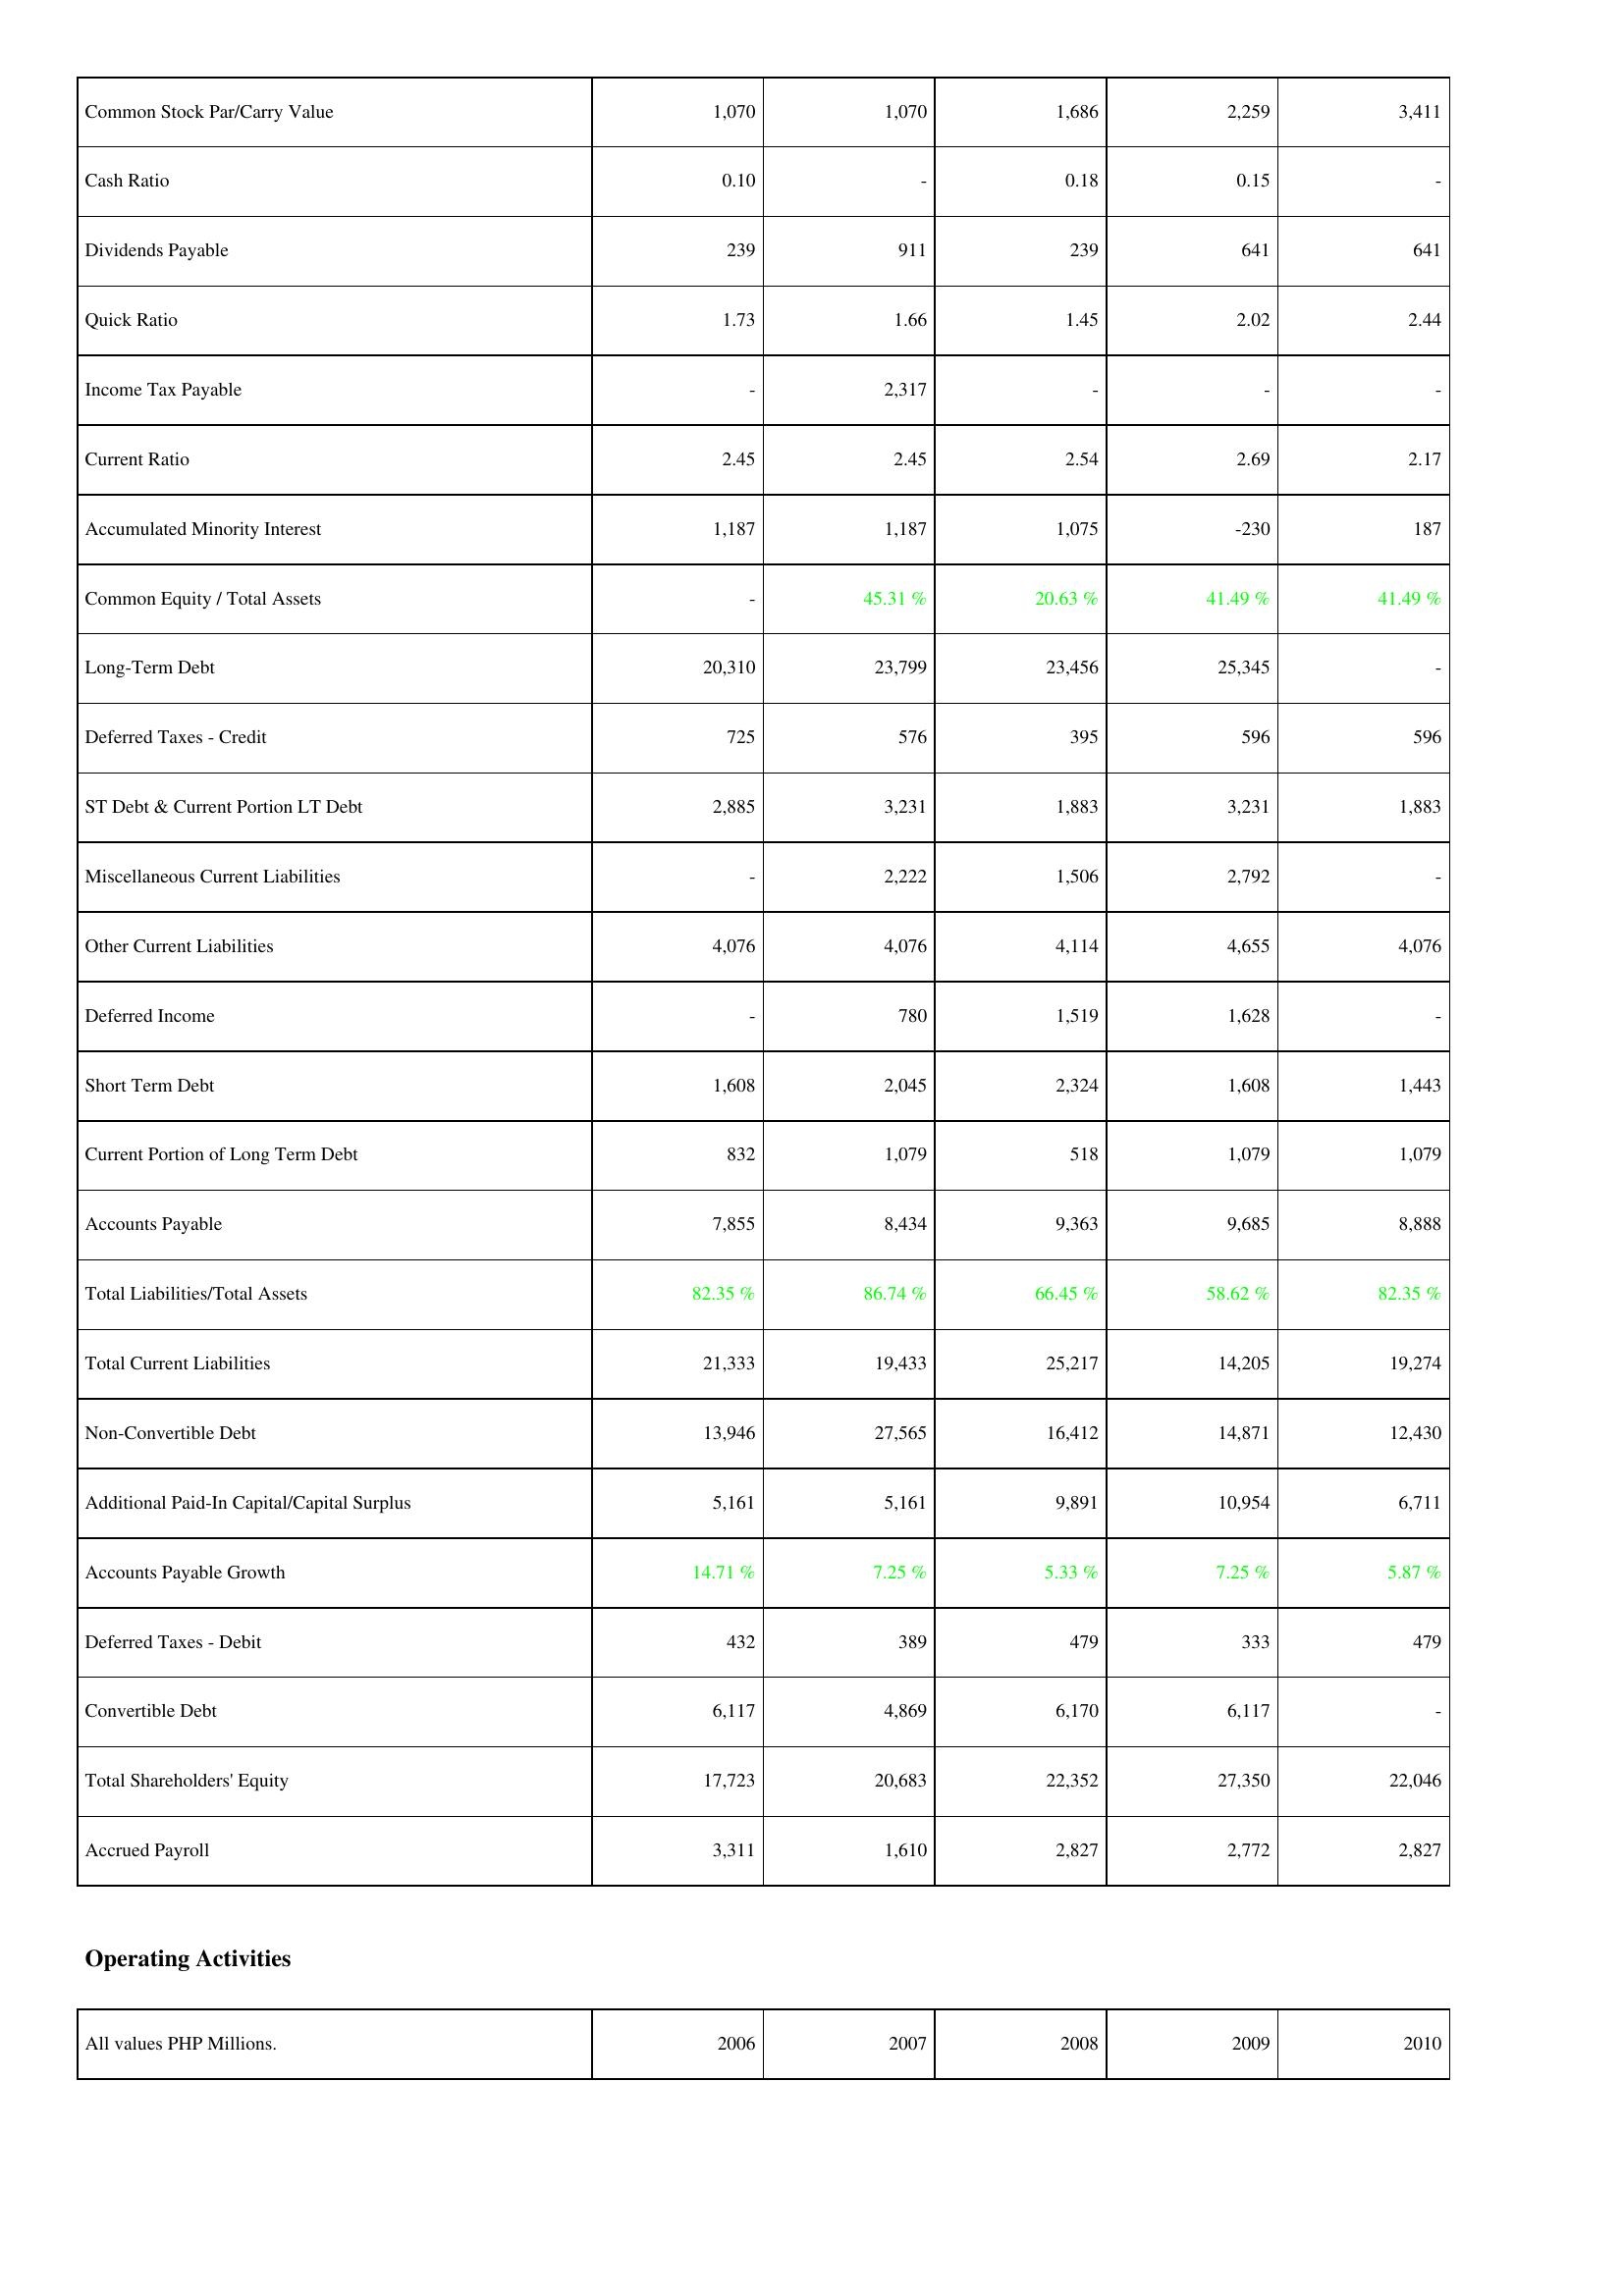
2006: Liabilities & Shareholders' Equity: Common Stock Par/Carry Value: 1,070
Cash Ratio: 0.10
Dividends Payable: 239
Quick Ratio: 1.73
Income Tax Payable: -
Current Ratio: 2.45
Accumulated Minority Interest: 1,187
Common Equity / Total Assets: -
Long-Term Debt: 20,310
Deferred Taxes - Credit: 725
ST Debt & Current Portion LT Debt: 2,885
Miscellaneous Current Liabilities: -
Other Current Liabilities: 4,076
Deferred Income: -
Short Term Debt: 1,608
Current Portion of Long Term Debt: 832
Accounts Payable: 7,855
Total Liabilities/Total Assets: 82.35 %
Total Current Liabilities: 21,333
Non-Convertible Debt: 13,946
Additional Paid-In Capital/Capital Surplus: 5,161
Accounts Payable Growth: 14.71 %
Deferred Taxes - Debit: 432
Convertible Debt: 6,117
Total Shareholders' Equity: 17,723
Accrued Payroll: 3,311
2007: Liabilities & Shareholders' Equity: Common Stock Par/Carry Value: 1,070
Cash Ratio: -
Dividends Payable: 911
Quick Ratio: 1.66
Income Tax Payable: 2,317
Current Ratio: 2.45
Accumulated Minority Interest: 1,187
Common Equity / Total Assets: 45.31 %
Long-Term Debt: 23,799
Deferred Taxes - Credit: 576
ST Debt & Current Portion LT Debt: 3,231
Miscellaneous Current Liabilities: 2,222
Other Current Liabilities: 4,076
Deferred Income: 780
Short Term Debt: 2,045
Current Portion of Long Term Debt: 1,079
Accounts Payable: 8,434
Total Liabilities/Total Assets: 86.74 %
Total Current Liabilities: 19,433
Non-Convertible Debt: 27,565
Additional Paid-In Capital/Capital Surplus: 5,161
Accounts Payable Growth: 7.25 %
Deferred Taxes - Debit: 389
Convertible Debt: 4,869
Total Shareholders' Equity: 20,683
Accrued Payroll: 1,610
2008: Liabilities & Shareholders' Equity: Common Stock Par/Carry Value: 1,686
Cash Ratio: 0.18
Dividends Payable: 239
Quick Ratio: 1.45
Income Tax Payable: -
Current Ratio: 2.54
Accumulated Minority Interest: 1,075
Common Equity / Total Assets: 20.63 %
Long-Term Debt: 23,456
Deferred Taxes - Credit: 395
ST Debt & Current Portion LT Debt: 1,883
Miscellaneous Current Liabilities: 1,506
Other Current Liabilities: 4,114
Deferred Income: 1,519
Short Term Debt: 2,324
Current Portion of Long Term Debt: 518
Accounts Payable: 9,363
Total Liabilities/Total Assets: 66.45 %
Total Current Liabilities: 25,217
Non-Convertible Debt: 16,412
Additional Paid-In Capital/Capital Surplus: 9,891
Accounts Payable Growth: 5.33 %
Deferred Taxes - Debit: 479
Convertible Debt: 6,170
Total Shareholders' Equity: 22,352
Accrued Payroll: 2,827
2009: Liabilities & Shareholders' Equity: Common Stock Par/Carry Value: 2,259
Cash Ratio: 0.15
Dividends Payable: 641
Quick Ratio: 2.02
Income Tax Payable: -
Current Ratio: 2.69
Accumulated Minority Interest: -230
Common Equity / Total Assets: 41.49 %
Long-Term Debt: 25,345
Deferred Taxes - Credit: 596
ST Debt & Current Portion LT Debt: 3,231
Miscellaneous Current Liabilities: 2,792
Other Current Liabilities: 4,655
Deferred Income: 1,628
Short Term Debt: 1,608
Current Portion of Long Term Debt: 1,079
Accounts Payable: 9,685
Total Liabilities/Total Assets: 58.62 %
Total Current Liabilities: 14,205
Non-Convertible Debt: 14,871
Additional Paid-In Capital/Capital Surplus: 10,954
Accounts Payable Growth: 7.25 %
Deferred Taxes - Debit: 333
Convertible Debt: 6,117
Total Shareholders' Equity: 27,350
Accrued Payroll: 2,772
2010: Liabilities & Shareholders' Equity: Common Stock Par/Carry Value: 3,411
Cash Ratio: -
Dividends Payable: 641
Quick Ratio: 2.44
Income Tax Payable: -
Current Ratio: 2.17
Accumulated Minority Interest: 187
Common Equity / Total Assets: 41.49 %
Long-Term Debt: -
Deferred Taxes - Credit: 596
ST Debt & Current Portion LT Debt: 1,883
Miscellaneous Current Liabilities: -
Other Current Liabilities: 4,076
Deferred Income: -
Short Term Debt: 1,443
Current Portion of Long Term Debt: 1,079
Accounts Payable: 8,888
Total Liabilities/Total Assets: 82.35 %
Total Current Liabilities: 19,274
Non-Convertible Debt: 12,430
Additional Paid-In Capital/Capital Surplus: 6,711
Accounts Payable Growth: 5.87 %
Deferred Taxes - Debit: 479
Convertible Debt: -
Total Shareholders' Equity: 22,046
Accrued Payroll: 2,827